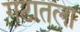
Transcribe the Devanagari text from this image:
गटातला